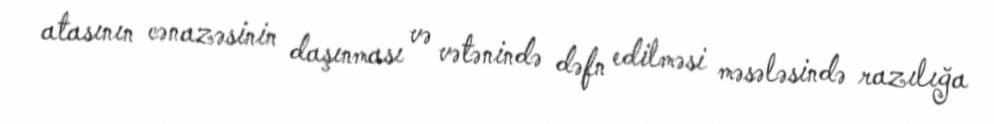
atasının cənazəsinin daşınması və vətənində dəfn edilməsi məsələsində razılığa